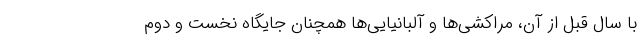
با سال قبل از آن، مراکشی‌ها و آلبانیایی‌ها همچنان جایگاه نخست و دوم